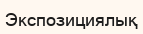
Экспозициялық